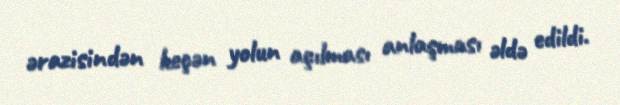
ərazisindən keçən yolun açılması anlaşması əldə edildi.